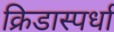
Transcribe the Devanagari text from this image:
क्रिडास्पर्धा